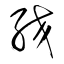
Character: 絞